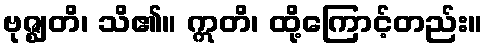
ဗုဇ္ဈတိ၊ သိ၏။ ဣတိ၊ ထို့ကြောင့်တည်း။